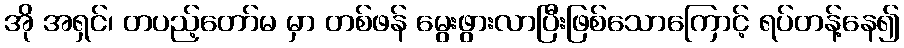
အို အရှင်၊ တပည့်တော်မ မှာ တစ်ဖန် မွေးဖွားလာပြီးဖြစ်သောကြောင့် ရပ်တန့်နေ၍